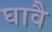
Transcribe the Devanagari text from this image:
घावै